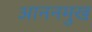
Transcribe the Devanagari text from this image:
आननमुख